Distribution and causation of leprosy in British India
Year: 1875
Disease focus: Leprosy
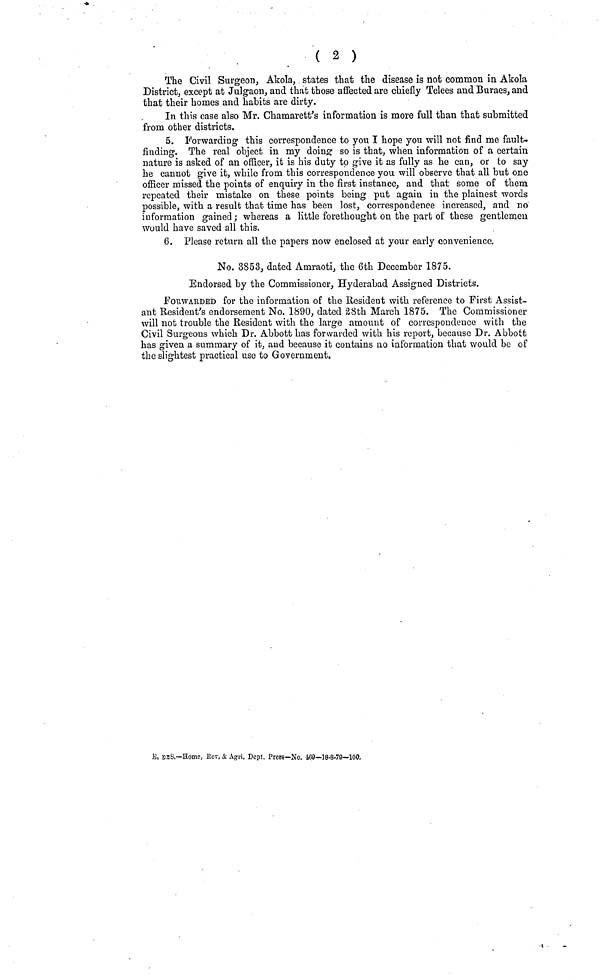
( 2 )
The Civil Surgeon, Akola, states that the disease is not common in Akola
District, except at Julgaon, and that those affected are chiefly Telees and Buraes, and
that their homes and habits are dirty.
In this case also Mr. Chamarett's information is more full than that submitted
from other districts.
5. Forwarding this correspondence to you I hope you will not find me fault-
finding. The real object in my doing so is that, when information of a certain
nature is asked of an officer, it is his duty to give it as fully as he can, or to say
he cannot give it, while from this correspondence you will observe that all but one
officer missed the points of enquiry in the first instance, and that some of them
repeated their mistake on these points being put again in the plainest words
possible, with a result that time has been lost, correspondence increased, and no
information gained ; whereas a little forethought on the part of these gentlemen
would have saved all this.
6. Please return all the papers now enclosed at your early convenience.
No. 3853, dated Amraoti, the 6th December 1875.
Endorsed by the Commissioner, Hyderabad Assigned Districts.
FORWARDED for the information of the Resident with reference to First Assist-
ant Resident's endorsement No. 1890, dated 28th March 1875. The Commissioner
will not trouble the Resident with the large amount of correspondence with the
Civil Surgeons which Dr. Abbott has forwarded with his report, because Dr. Abbott
has given a summary of it, and because it contains no information that would be of
the slightest practical use to Government.
E, DES.—Home, Rev, & Agri. Dcpt. Press—No. 469—18-8-79—100.